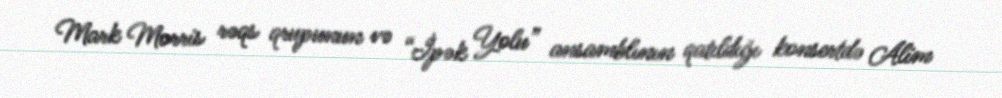
Mark Morris rəqs qrupunun və “İpək Yolu” ansamblının qatıldığı konsertdə Alim